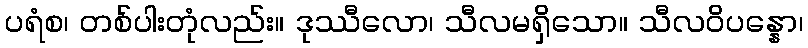
ပရံစ၊ တစ်ပါးတုံလည်း။ ဒုဿီလော၊ သီလမရှိသော။ သီလဝိပန္နော၊